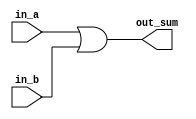
module or_gate(
    in_a,
    in_b,
    out_sum
);

input in_a;
input in_b;
output out_sum;

assign out_sum = in_a | in_b;

endmodule